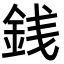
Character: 銭